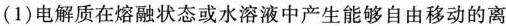
(1)电解质在熔融状态或水溶液中产生能够自由移动的离